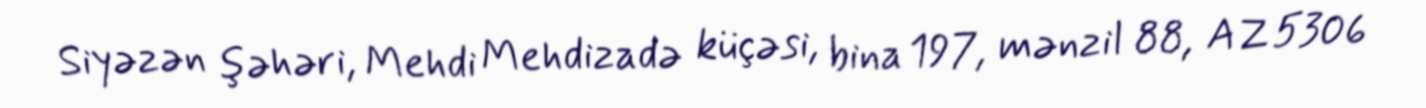
Siyəzən şəhəri, Mehdi Mehdizadə küçəsi, bina 197, mənzil 88, AZ 5306